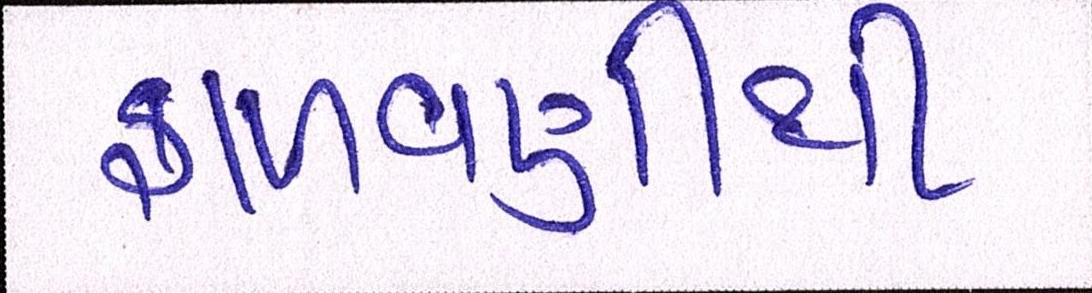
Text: ફાળવણીથી